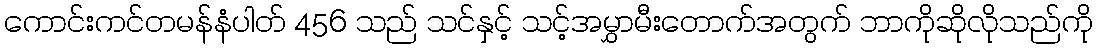
ကောင်းကင်တမန်နံပါတ် 456 သည် သင်နှင့် သင့်အမွှာမီးတောက်အတွက် ဘာကိုဆိုလိုသည်ကို